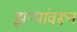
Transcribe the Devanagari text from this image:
झऱ्यांवरून